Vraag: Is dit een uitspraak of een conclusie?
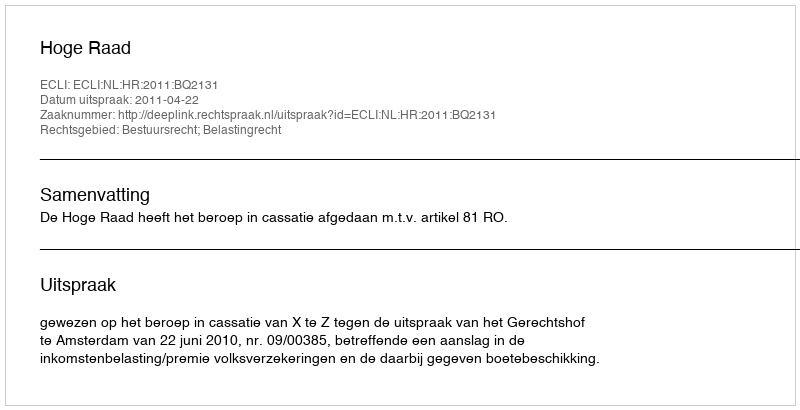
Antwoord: Uitspraak